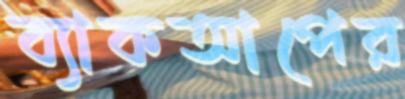
ব্যাকআপের